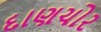
દાણચોર